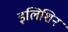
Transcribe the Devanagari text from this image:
इलिशिन